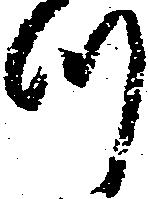
つ